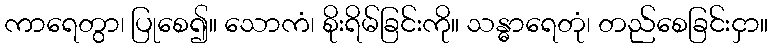
ကာရေတွာ၊ ပြုစေ၍။ သောကံ၊ စိုးရိမ်ခြင်းကို။ သန္ဓာရေတုံ၊ တည်စေခြင်းငှာ။